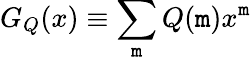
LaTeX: G_{Q}(x)\equiv\sum_{\mathtt{m}}Q(\mathtt{m})x^{\mathtt{m}}